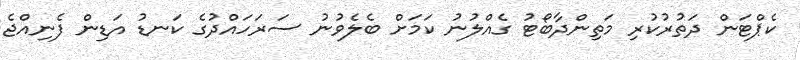
ކެޕްޓަން ދަތުރުކުރި މަތިންދާބޯޓު ގެއްލުނު ކަމަށް ބެލެވުނު ސަރަހައްދުގެ ކަނޑު އަޑިން ފެނިއްޖެ